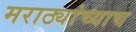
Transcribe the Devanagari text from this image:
मराठ्यांच्याच